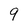
Character: 9